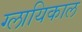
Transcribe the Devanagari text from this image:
ग्लायिकाल